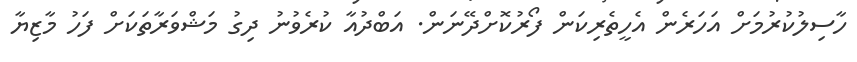
ހާސިލުކުރުމަށް އަހަރެން އެހީތެރިކަން ފޯރުކޮށްދޭނަން. އަބްދުއާ ކުރެވުނު ދިގު މަޝްވަރާތަކަށް ފަހު މާޒިޔާ